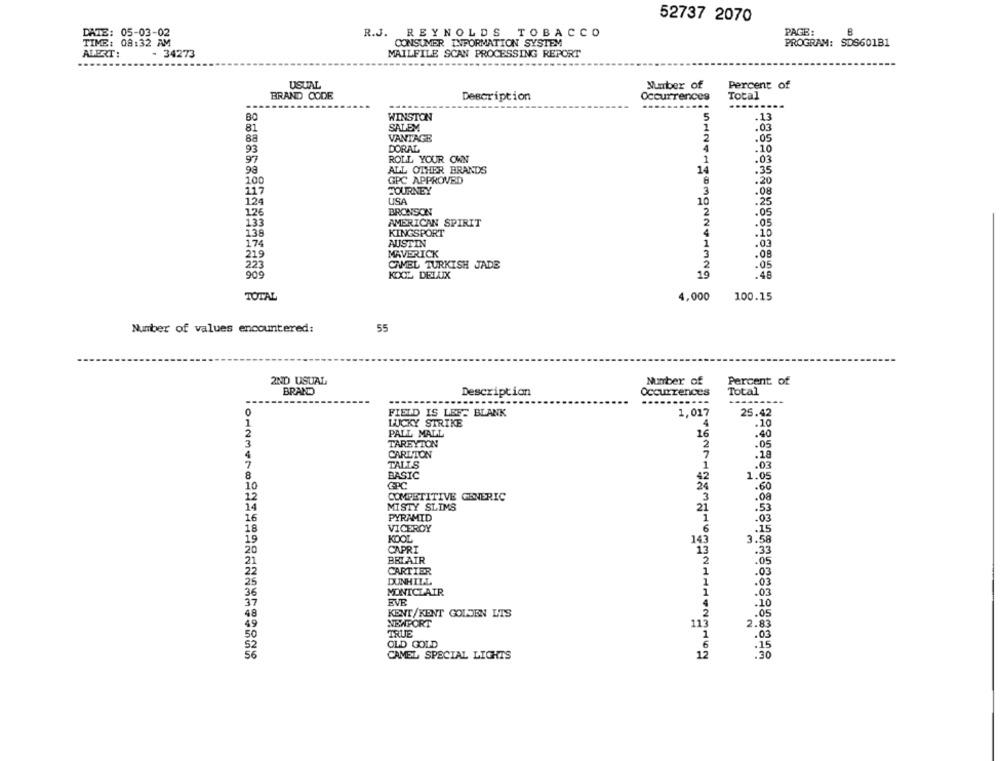
52737 2070
PAGE:
DATE: 05-03-02
R.J. REYNOLDS TOBACCO
TIME: 08:32 AM
CONSUMER INFORMATION SYSTEM
PROGRAM: SDS601B1
ALERT:
- 34273
MAILFILE SCAN PROCESSING REPORT
...
USUAL
Mumber of
Percent of
BRAND CODE
Description
Occurrences
Total
...
80
WINSTON
5
.13
81
SALEM
VANTAGE
2
88
.05
93
DORAL
4
.10
97
ROLL YOUR OWN
1
.03
98
ALL OTHER BRANDS
14
.35
100
GPC APPROVED
8
117
JOURNEY
3
USA
124
10
.25
126
BRONSON
2
.05
2
133
AMERICAN SPIRIT
.05
138
KINGSPORT
4
.10
174
AUSTIN
1
.03
219
MAVERICK
.08
223
CAMEL TURKISH JADE
.05
909
KIXL DELUX
19
.48
TOTAL
4,000
100.15
55
Number of values encountered:
2ND USUAL
Number of
Percent of
BRAND
Description
Occurrences
Total
...........
FIELD IS LEFT BLANK
1,017
25.42
LUCKY STRIKE
4
.10
PALL MALL
16
.40
TARBYTON
2
.05
CARLTON
7
.18
TALLS
.03
1
BASIC
42
1.05
EPC
24
.60
COMPETITIVE GENERIC
3
.08
MISTY SLIMS
21
.53
PYRAMID
: 03
VICEROY
6
.15
KOOL
143
3.58
CAPRI
13
.33
BELAIR
.05
CARTIER
1
.03
DUNHILL
1
.03
MONTCLAIR
.03
EVE
.10
KENT/KENT GOLDEN LIS
.05
NEWPORT
113
TRUE
2.83
.03
OLD GOLD
.15
.30
CAMEL SPECIAL LIGHTS